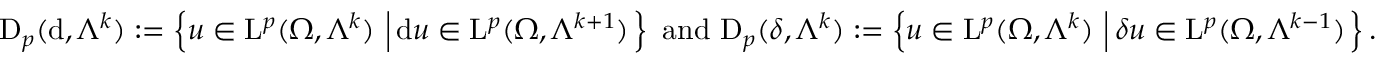
\mathrm { D } _ { p } ( \mathrm { d } , \Lambda ^ { k } ) : = \left\{ u \in \mathrm { L } ^ { p } ( \Omega , \Lambda ^ { k } ) \, \left| \, \mathrm { d } u \in \mathrm { L } ^ { p } ( \Omega , \Lambda ^ { k + 1 } ) \right. \right\} \mathrm { ~ a n d ~ } \mathrm { D } _ { p } ( { \delta } , \Lambda ^ { k } ) : = \left\{ u \in \mathrm { L } ^ { p } ( \Omega , \Lambda ^ { k } ) \, \left| \, { \delta } u \in \mathrm { L } ^ { p } ( \Omega , \Lambda ^ { k - 1 } ) \right. \right\} \mathrm { . ~ }